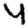
Digit: 4